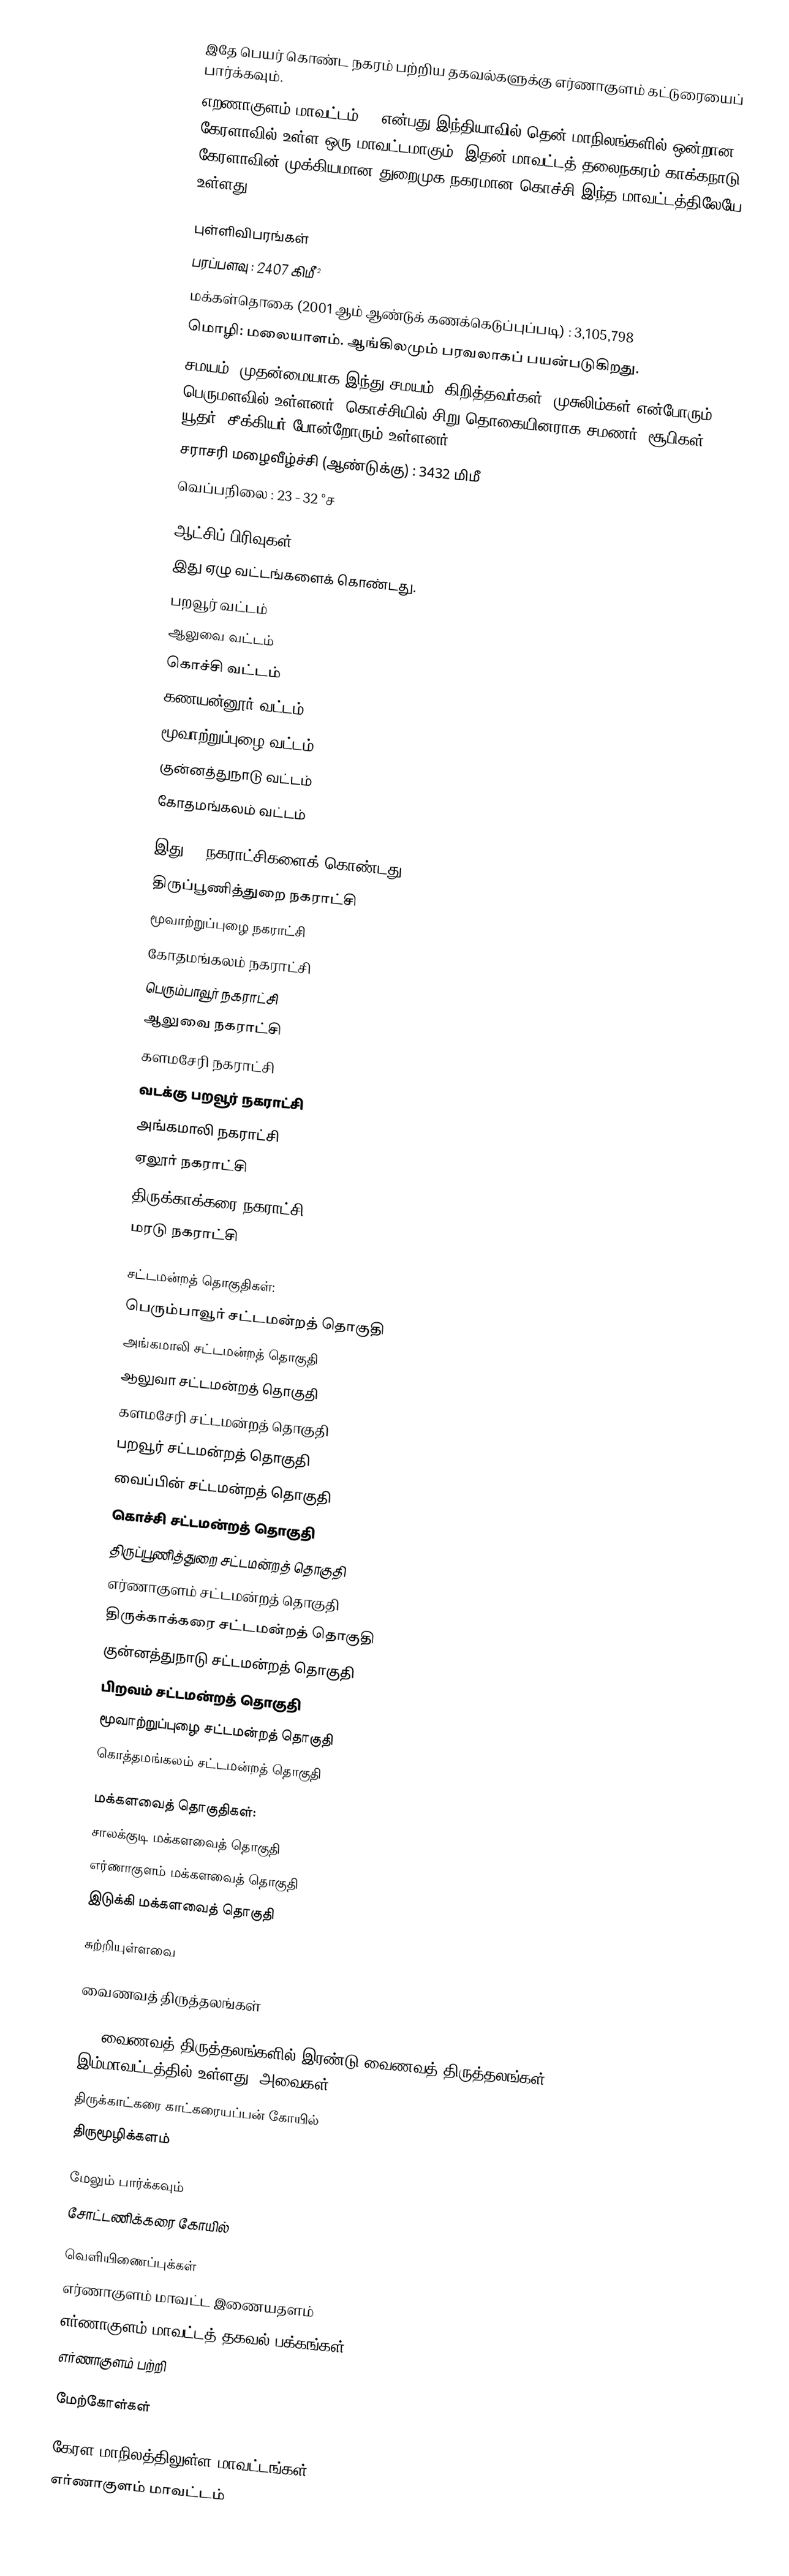
இதே பெயர் கொண்ட நகரம் பற்றிய தகவல்களுக்கு எர்ணாகுளம் கட்டுரையைப் பார்க்கவும்.
எறணாகுளம் மாவட்டம் () என்பது இந்தியாவில் தென் மாநிலங்களில் ஒன்றான கேரளாவில் உள்ள ஒரு மாவட்டமாகும். இதன் மாவட்டத் தலைநகரம் காக்கநாடு. கேரளாவின் முக்கியமான துறைமுக நகரமான கொச்சி இந்த மாவட்டத்திலேயே உள்ளது.

புள்ளிவிபரங்கள்
பரப்பளவு : 2407 கிமீ²
மக்கள்தொகை (2001 ஆம் ஆண்டுக் கணக்கெடுப்புப்படி) : 3,105,798
மொழி: மலையாளம். ஆங்கிலமும் பரவலாகப் பயன்படுகிறது.
சமயம்: முதன்மையாக இந்து சமயம், கிறித்தவர்கள், முசுலிம்கள் என்போரும் பெருமளவில் உள்ளனர். கொச்சியில் சிறு தொகையினராக சமணர், சூபிகள், யூதர், சீக்கியர் போன்றோரும் உள்ளனர்.
சராசரி மழைவீழ்ச்சி (ஆண்டுக்கு) : 3432 மிமீ
வெப்பநிலை : 23 - 32 °ச

ஆட்சிப் பிரிவுகள்
இது ஏழு வட்டங்களைக் கொண்டது.
பறவூர் வட்டம்
ஆலுவை வட்டம்
கொச்சி வட்டம்
கணயன்னூர் வட்டம்
மூவாற்றுப்புழை வட்டம்
குன்னத்துநாடு வட்டம்
கோதமங்கலம் வட்டம்

இது 11 நகராட்சிகளைக் கொண்டது.
திருப்பூணித்துறை நகராட்சி
மூவாற்றுப்புழை நகராட்சி
கோதமங்கலம் நகராட்சி
பெரும்பாவூர் நகராட்சி
ஆலுவை நகராட்சி
களமசேரி நகராட்சி
வடக்கு பறவூர் நகராட்சி
அங்கமாலி நகராட்சி
ஏலூர் நகராட்சி
திருக்காக்கரை நகராட்சி
மரடு நகராட்சி

சட்டமன்றத் தொகுதிகள்:
பெரும்பாவூர் சட்டமன்றத் தொகுதி
அங்கமாலி சட்டமன்றத் தொகுதி
ஆலுவா சட்டமன்றத் தொகுதி
களமசேரி சட்டமன்றத் தொகுதி
பறவூர் சட்டமன்றத் தொகுதி
வைப்பின் சட்டமன்றத் தொகுதி
கொச்சி சட்டமன்றத் தொகுதி
திருப்பூணித்துறை சட்டமன்றத் தொகுதி
எர்ணாகுளம் சட்டமன்றத் தொகுதி
திருக்காக்கரை சட்டமன்றத் தொகுதி
குன்னத்துநாடு சட்டமன்றத் தொகுதி
பிறவம் சட்டமன்றத் தொகுதி
மூவாற்றுப்புழை சட்டமன்றத் தொகுதி
கொத்தமங்கலம் சட்டமன்றத் தொகுதி

மக்களவைத் தொகுதிகள்:
சாலக்குடி மக்களவைத் தொகுதி
எர்ணாகுளம் மக்களவைத் தொகுதி
இடுக்கி மக்களவைத் தொகுதி

சுற்றியுள்ளவை

வைணவத் திருத்தலங்கள்

108 வைணவத் திருத்தலங்களில்  இரண்டு வைணவத் திருத்தலங்கள் இம்மாவட்டத்தில் உள்ளது. அவைகள்:
 திருக்காட்கரை காட்கரையப்பன் கோயில்
 திருமூழிக்களம்

மேலும் பார்க்கவும்
 சோட்டணிக்கரை கோயில்

வெளியிணைப்புக்கள்
 எர்ணாகுளம் மாவட்ட இணையதளம்
 எர்ணாகுளம் மாவட்டத் தகவல் பக்கங்கள்
 எர்ணாகுளம் பற்றி

மேற்கோள்கள்

கேரள மாநிலத்திலுள்ள மாவட்டங்கள்
எர்ணாகுளம் மாவட்டம்